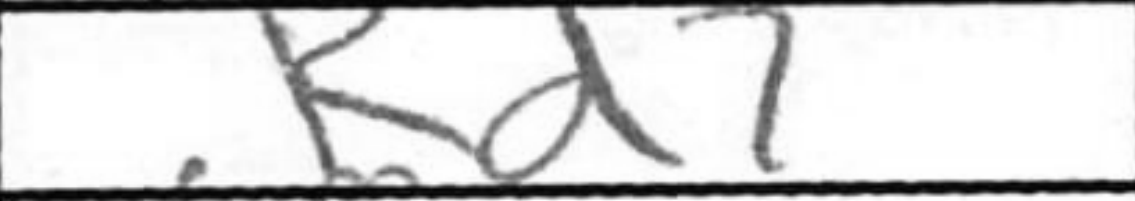
Transcription: Rd7